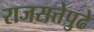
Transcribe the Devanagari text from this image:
राजसत्तेपुढे